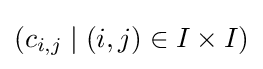
(c_{i,j}\mid (i,j)\in I\times I)